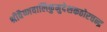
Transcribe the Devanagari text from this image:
श्रीवैष्णवालिकुमुदेशकठोरचन्द्र